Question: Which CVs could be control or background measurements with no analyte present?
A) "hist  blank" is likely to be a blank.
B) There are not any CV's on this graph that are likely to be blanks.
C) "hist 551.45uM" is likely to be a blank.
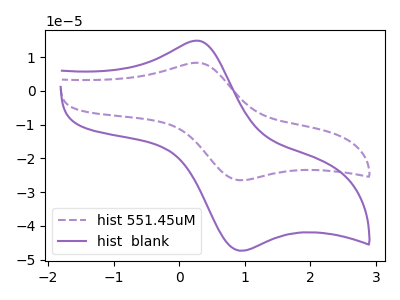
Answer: <think>The purple dashed curve "hist 551.45uM" has an anodic peak at (0.25V, 8.30uA) and a cathodic peak at (0.95V, -26.50uA). The purple curve "hist  blank" has an anodic peak at (0.25V, 14.85uA) and a cathodic peak at (0.95V, -47.35uA).</think>
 <answer>B) There are not any CV's on this graph that are likely to be blanks.</answer>
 <eval>B</eval>